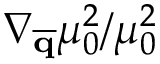
\nabla _ { \overline { { \mathbf { q } } } } \mu _ { 0 } ^ { 2 } / \mu _ { 0 } ^ { 2 }